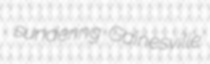
sundering Gainesville